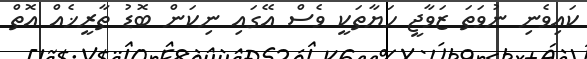
ކައިވެނި ނުވަތަ ޒަވާޖީ ހަޔާތަކީ ވެސް އޭގައި ނިކަން ބޮޑު ތާރީޚެއް އޮތް